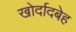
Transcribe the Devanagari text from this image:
खोर्दादबेह